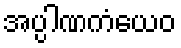
အပ္ပါဏကံယေဝ